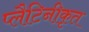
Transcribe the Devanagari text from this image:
प्लैटिनीकृत